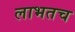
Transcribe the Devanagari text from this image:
लाभतच